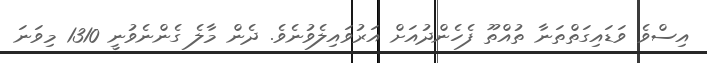
އިސްވެ ވަޑައިގަތްތަނާ ތުއްތޫ ފެހެންދުއަށް އަރުވައިލެވުނެވެ. ދެން މާލެ ގެންނެވުނީ 1310 މިވަނަ